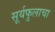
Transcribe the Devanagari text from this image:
सूर्यफुलाचा